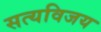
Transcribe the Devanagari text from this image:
सत्यविजय